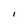
Character: I